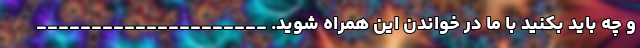
و چه باید بکنید با ما در خواندن این همراه شوید. _____________________